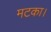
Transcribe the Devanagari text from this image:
मटका।